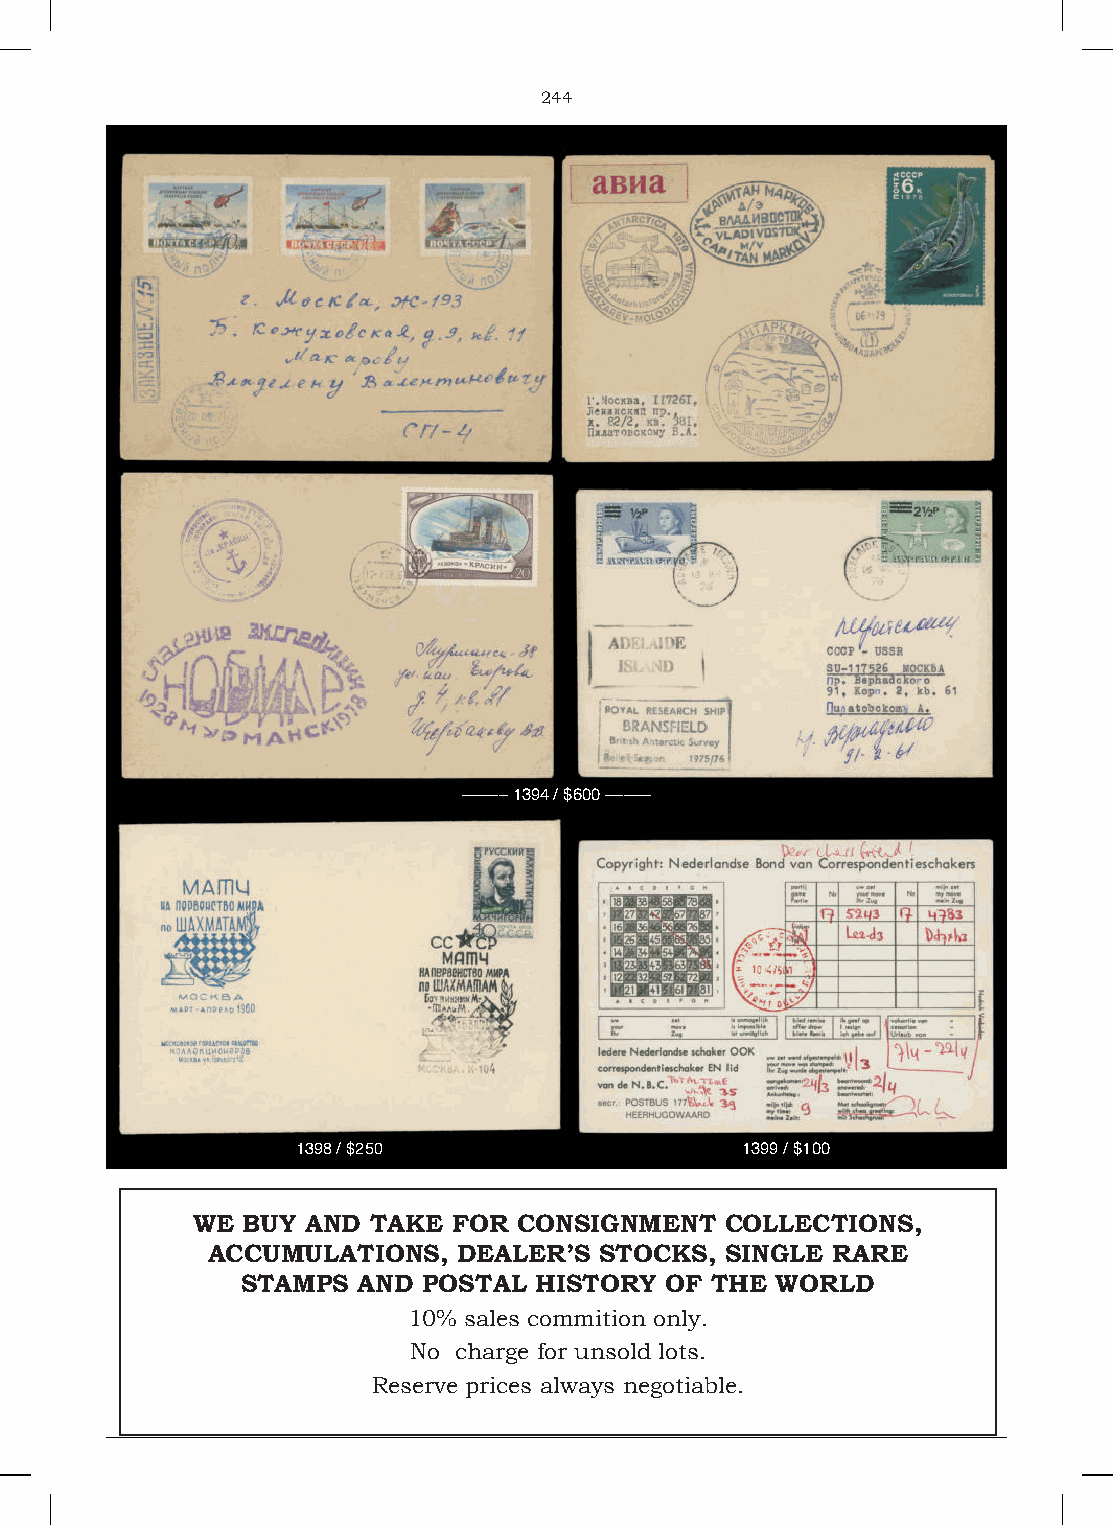
244
 ––––– 1394 / $600 –––––
 1398 / $250                  1399 / $100
 WE BUY AND  TAKE FOR CONSIGNMENT   COLLECTIONS,
 ACCUMULATIONS,  DEALER’S  STOCKS, SINGLE RARE
 STAMPS  AND POSTAL HISTORY  OF THE WORLD
 10% sales commition only.
 No charge for unsold lots.
 Reserve prices always negotiable.